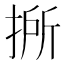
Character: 𢯢